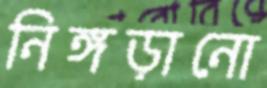
নিঙ্গড়ানো